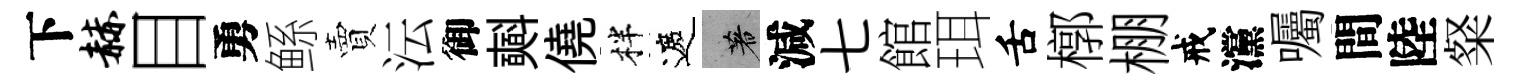
下赫目勇鲧賣沄御𣂏僥柈遮著減七館珥舌槨棚戒灙囑間陸粲